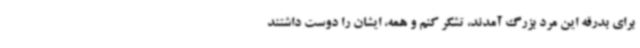
برای بدرقه این مرد بزرگ آمدند، تشکر کنم و همه، ایشان را دوست داشتند